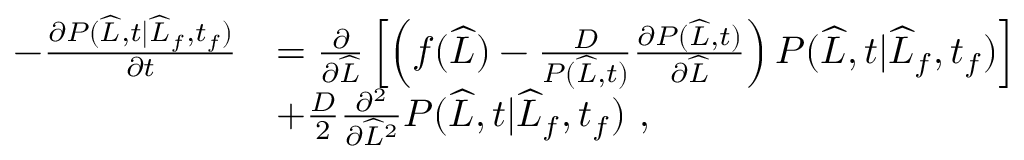
\begin{array} { r l } { - \frac { \partial P ( \widehat { L } , t | \widehat { L } _ { f } , t _ { f } ) } { \partial t } } & { = \frac { \partial } { \partial \widehat { L } } \left[ \left( f ( \widehat { L } ) - \frac { D } { P ( \widehat { L } , t ) } \frac { \partial P ( \widehat { L } , t ) } { \partial \widehat { L } } \right) P ( \widehat { L } , t | \widehat { L } _ { f } , t _ { f } ) \right] } \\ & { + \frac { D } { 2 } \frac { \partial ^ { 2 } } { \partial \widehat { L } ^ { 2 } } P ( \widehat { L } , t | \widehat { L } _ { f } , t _ { f } ) \ , } \end{array}